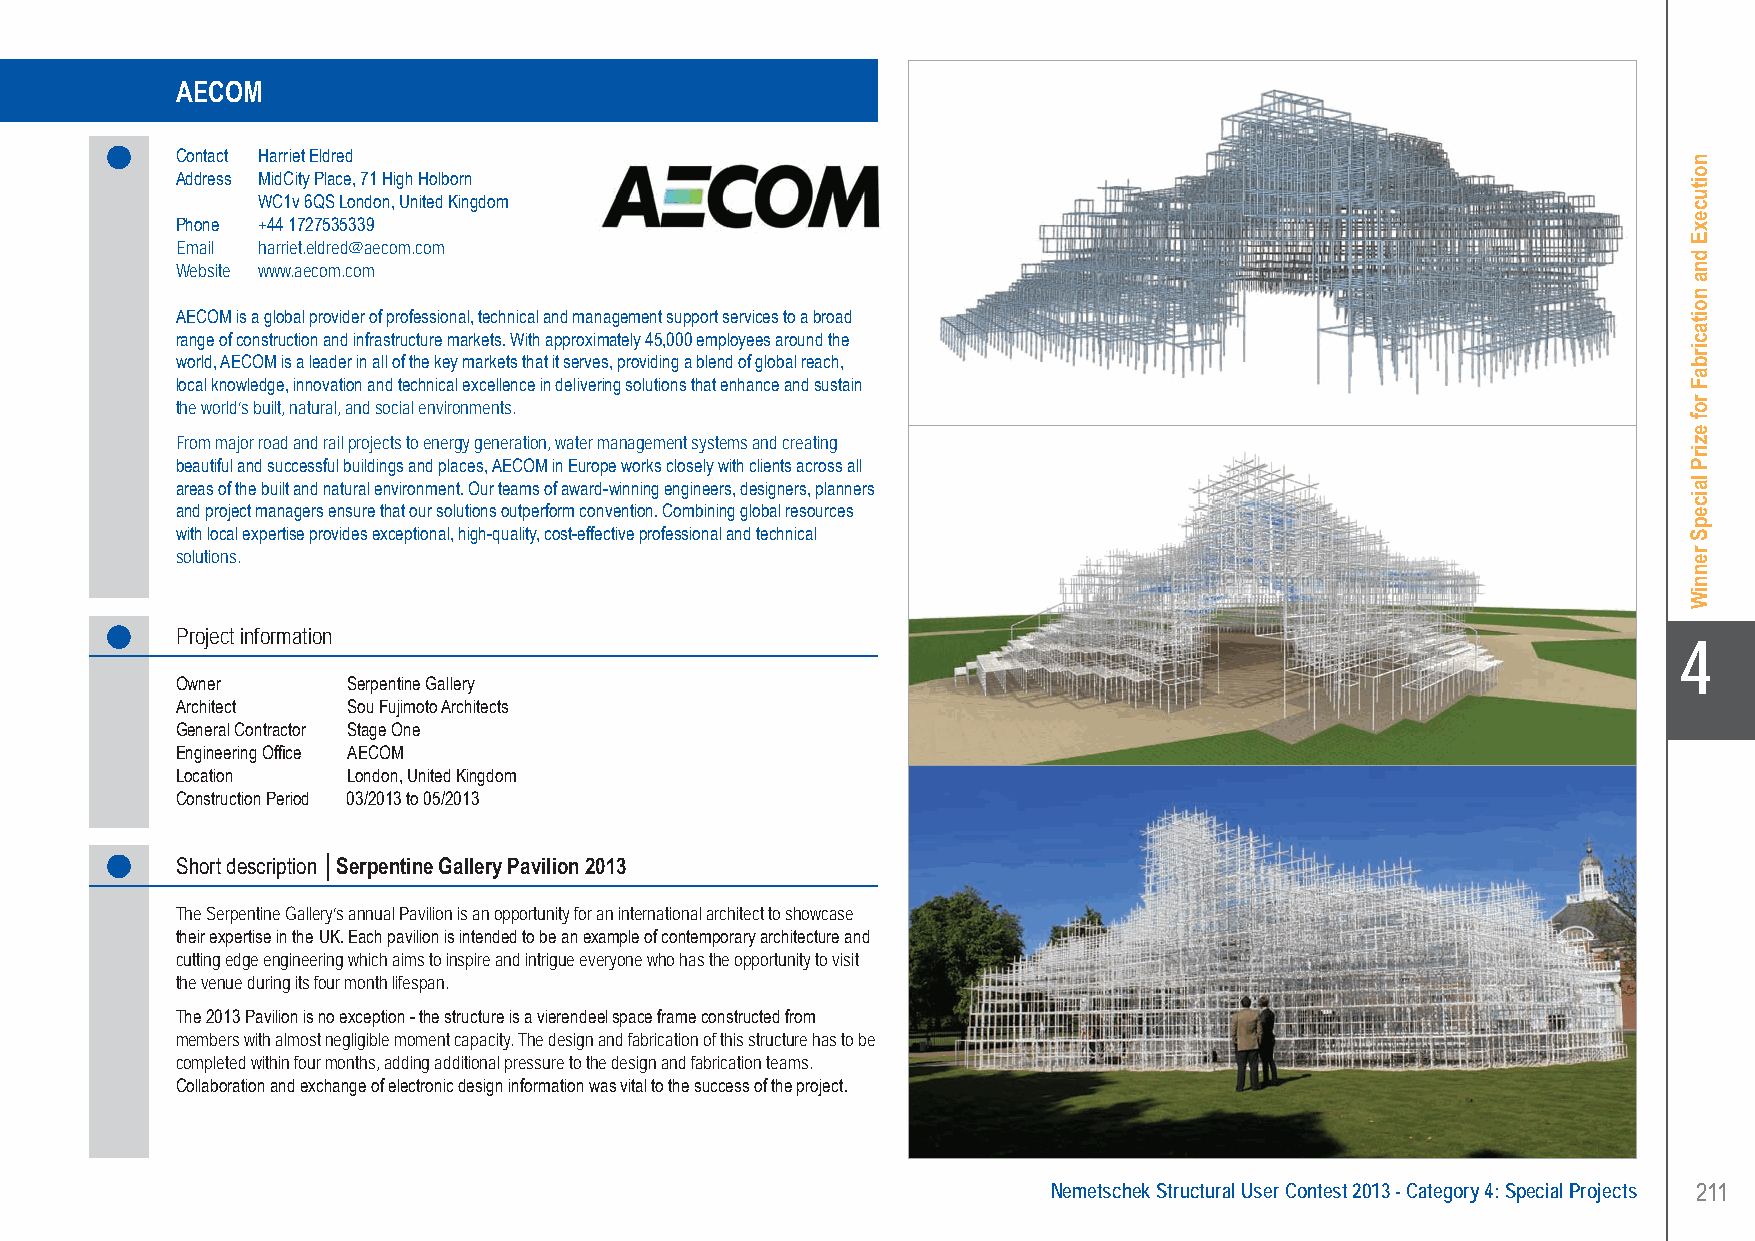
AECOM........Serpentine Gallery Pavilion 2013 - London, United Kingdom
 AECOM
 Contact Harriet Eldred
 Address MidCity Place, 71 High Holborn
 WC1v 6QS London, United Kingdom
 Phone +44 1727535339
 Email harriet.eldred@aecom.com
 Website www.aecom.com
 AECOM is a global provider of professional, technical and management support services to a broad
 range of construction and infrastructure markets. With approximately 45,000 employees around the
 world, AECOM is a leader in all of the key markets that it serves, providing a blend of global reach,
 local knowledge, innovation and technical excellence in delivering solutions that enhance and sustain
 the world’s built, natural, and social environments.
 From major road and rail projects to energy generation, water management systems and creating
 beautiful and successful buildings and places, AECOM in Europe works closely with clients across all
 areas of the built and natural environment. Our teams of award-winning engineers, designers, planners
 and project managers ensure that our solutions outperform convention. Combining global resources
 with local expertise provides exceptional, high-quality, cost-effective professional and technical
 solutions.
 Project information
 X4
 Owner      Serpentine Gallery
 Architect  Sou Fujimoto Architects
 General Contractor Stage One
 Engineering Office AECOM
 Location   London, United Kingdom
 Construction Period 03/2013 to 05/2013
 Short description │Serpentine Gallery Pavilion 2013
 The Serpentine Gallery’s annual Pavilion is an opportunity for an international architect to showcase
 their expertise in the UK. Each pavilion is intended to be an example of contemporary architecture and
 cutting edge engineering which aims to inspire and intrigue everyone who has the opportunity to visit
 the venue during its four month lifespan.
 The 2013 Pavilion is no exception - the structure is a vierendeel space frame constructed from
 members with almost negligible moment capacity. The design and fabrication of this structure has to be
 completed within four months, adding additional pressure to the design and fabrication teams.
 Collaboration and exchange of electronic design information was vital to the success of the project.
 Nemetschek Structural User Contest 2013 - Category 4: Special Projects 211
 UC-2013-Book-V8.indd 211                                                                                  7/11/2013 11:54:06 AM
 noitucexE
 dna
 noitacirbaF
 rof
 ezirP
 laicepS
 renniW